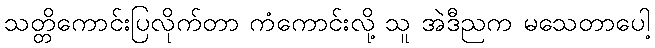
သတ္တိကောင်းပြလိုက်တာ ကံကောင်းလို့ သူ အဲဒီညက မသေတာပေါ့